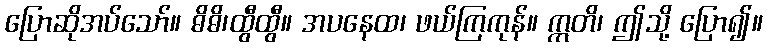
ပြောဆိုအပ်သော်။ ဓိဓိ၊ထွီထွီ။ အပနေထ၊ ဖယ်ကြကုန်။ ဣတိ၊ ဤသို့ ပြော၍။